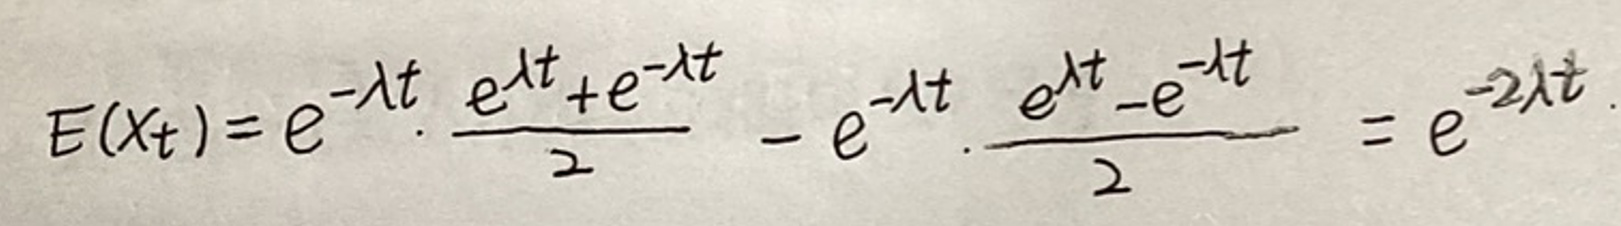
\[ E(x_t) = e^{-\lambda t} \cdot \frac{e^{\lambda t}+e^{-\lambda t}}{2} - e^{-\lambda t} \cdot \frac{e^{\lambda t}-e^{-\lambda t}}{2} = e^{-2\lambda t} \]